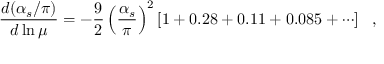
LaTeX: \frac { d ( \alpha _ { s } / \pi ) } { d \ln \mu } = - \frac { 9 } { 2 } \left( \frac { \alpha _ { s } } { \pi } \right) ^ { 2 } \left[ 1 + 0 . 2 8 + 0 . 1 1 + 0 . 0 8 5 + \cdots \right] \ \ ,